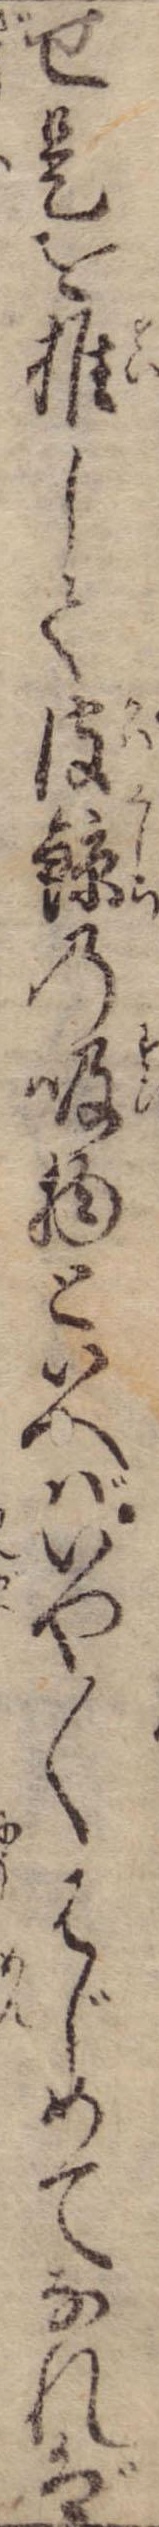
せ是を推して皮鯨の吸物といへばいや〱はじめてなれば